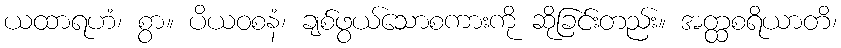
ယထာရဟံ၊ စွာ။ ပိယဝစနံ၊ ချစ်ဖွယ်သောစကားကို ဆိုခြင်းတည်း။ အတ္ထစရိယာတိ၊